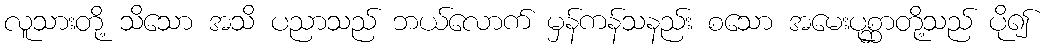
လူသားတို့ သိသော အသိ ပညာသည် ဘယ်လောက် မှန်ကန်သနည်း စသော အမေးပုစ္ဆာတို့သည် ပို၍